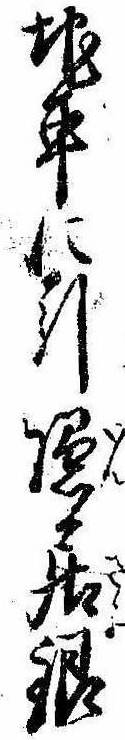
地車に引隠居銀